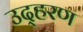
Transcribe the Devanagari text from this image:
उद्हरण